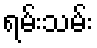
ရမ်းသမ်း